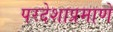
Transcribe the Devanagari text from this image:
परदेशाप्रमाणे